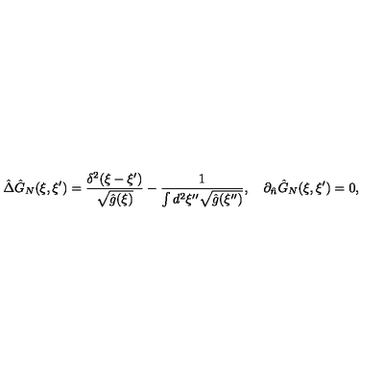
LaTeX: \hat { \Delta } { \hat { G } _ { N } } ( \xi , \xi ^ { \prime } ) = { \frac { { \delta ^ { 2 } } ( \xi - \xi ^ { \prime } ) } { \sqrt { \hat { g } ( \xi ) } } } - { \frac { 1 } { \int { d ^ { 2 } } \xi ^ { \prime \prime } \sqrt { \hat { g } ( \xi ^ { \prime \prime } ) } } } , \quad { \partial _ { \hat { n } } } { \hat { G } _ { N } } ( \xi , \xi ^ { \prime } ) = 0 ,